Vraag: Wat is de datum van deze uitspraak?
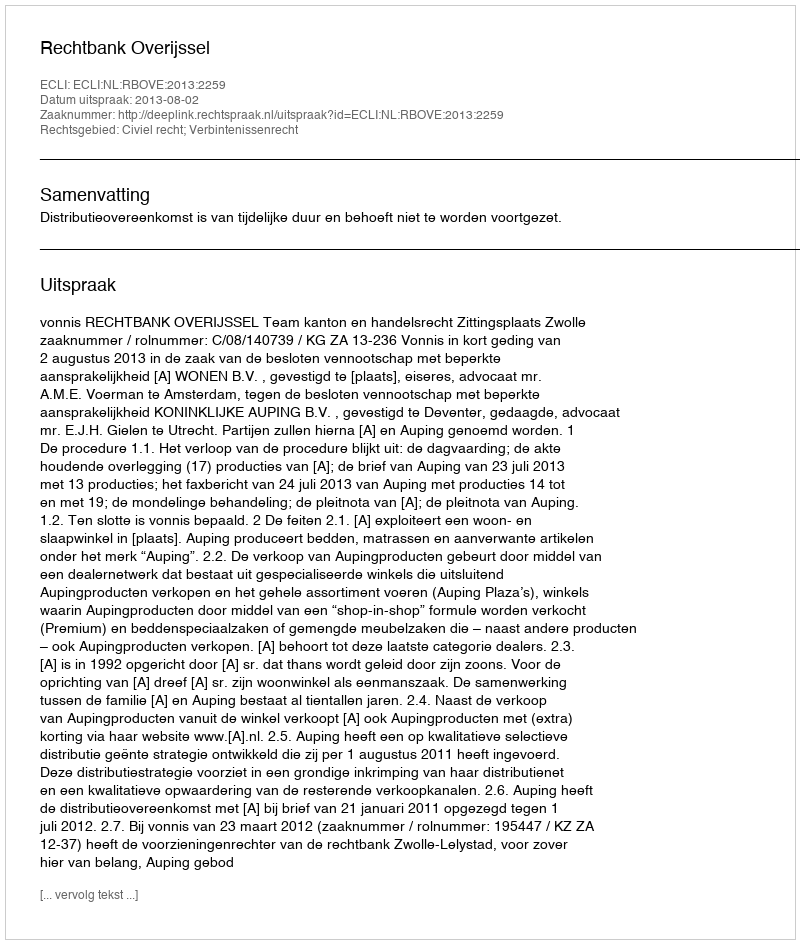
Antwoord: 2013-08-02